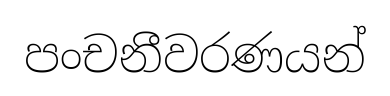
පංචනීවරණයන්